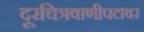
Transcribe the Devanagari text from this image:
दूरचित्रवाणीपटावर